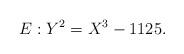
LaTeX: \begin{align*}E: Y^2 = X^3 - 1125.\end{align*}